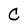
Character: C